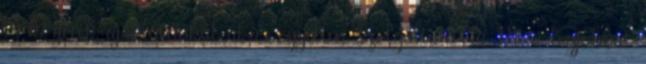
– kérjétek ajánlatunkat akár egyetlen szolgáltatásra Mi a legjobbat